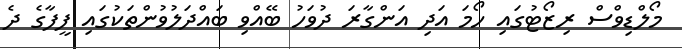
މޯލްޑިވްސް ރިޒޯޓުގައި ހޯމަ އަދި އަންގާރަ ދުވަހު ބޭއްވި ބައްދަލުވުންތަކުގައި ފީފާގެ ދެ